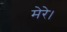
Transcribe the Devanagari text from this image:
मेरे।